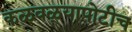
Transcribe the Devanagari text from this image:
कळवळ्यापोटीच